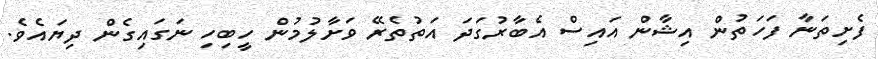
ފެށިތަނާ ފަހަތުން އިޝާން އައިސް އެބާރުގަދަ އަތުތެރޭ ވަށާލުމުން ހީބިހި ނަގައިގެން ދިޔައެވެ.